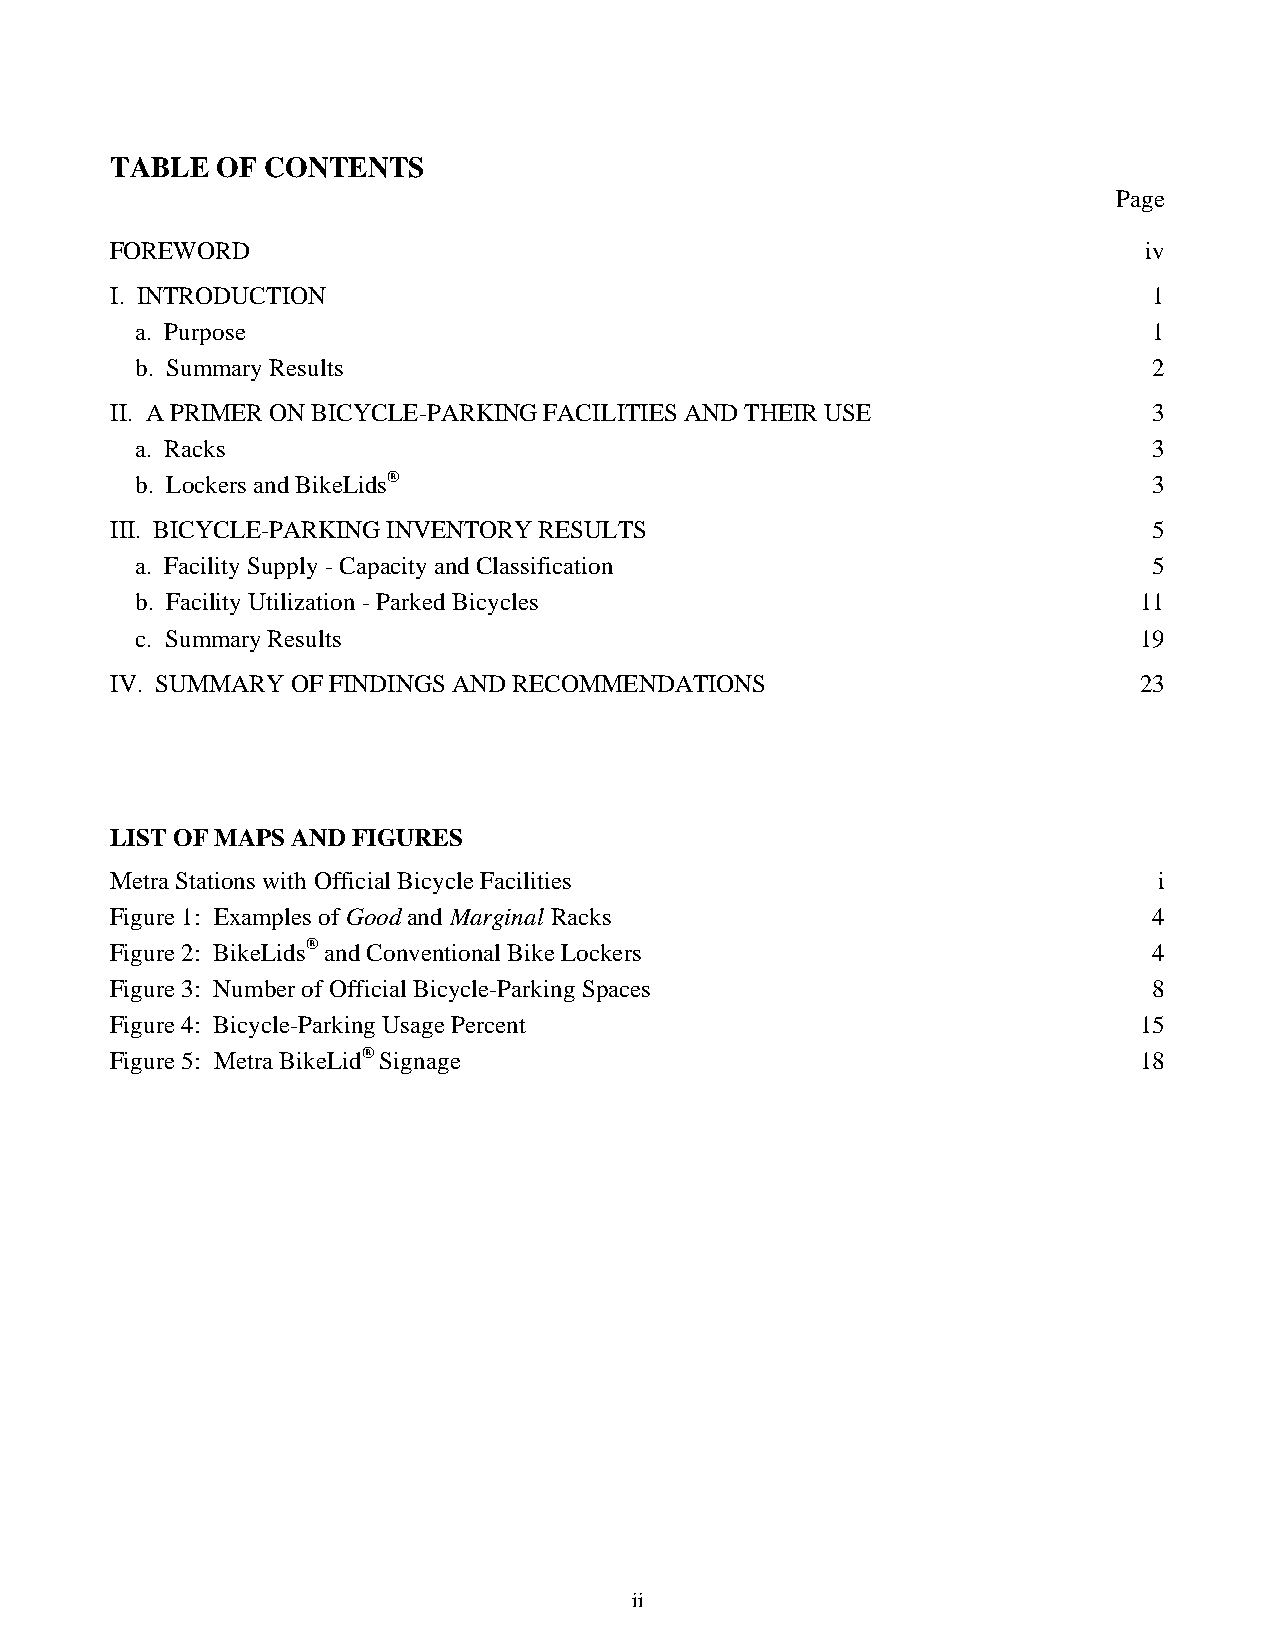
TABLE  OF CONTENTS
 Page
 FOREWORD                                                             iv
 I. INTRODUCTION                                                      1
 a. Purpose                                                         1
 b. Summary Results                                                 2
 II. A PRIMER ON BICYCLE-PARKING FACILITIES AND THEIR USE             3
 a. Racks                                                           3
 b. Lockers and BikeLids®                                           3
 III. BICYCLE-PARKING INVENTORY RESULTS                               5
 a. Facility Supply - Capacity and Classification                   5
 b. Facility Utilization - Parked Bicycles                         11
 c. Summary Results                                                19
 IV. SUMMARY OF FINDINGS AND RECOMMENDATIONS                         23
 LIST OF MAPS AND FIGURES
 Metra Stations with Official Bicycle Facilities                       i
 Figure 1: Examples of Good and Marginal Racks                        4
 Figure 2: BikeLids® and Conventional Bike Lockers                    4
 Figure 3: Number of Official Bicycle-Parking Spaces                  8
 Figure 4: Bicycle-Parking Usage Percent                             15
 Figure 5: Metra BikeLid® Signage                                    18
 iiii